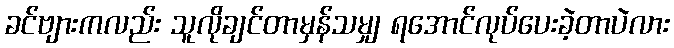
ခင်ဗျားကလည်း သူလိုချင်တာမှန်သမျှ ရအောင်လုပ်ပေးခဲ့တာပဲလား